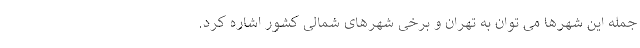
جمله این شهرها می توان به تهران و برخی شهرهای شمالی کشور اشاره کرد.